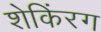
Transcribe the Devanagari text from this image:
शेकिंरग